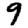
Digit: 9